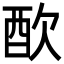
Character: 𨠅